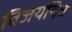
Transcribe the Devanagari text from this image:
विजयमित्र